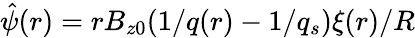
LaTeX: \hat{\psi}(r)=rB_{z0}(1/q(r)-1/q_{s})\xi(r)/R